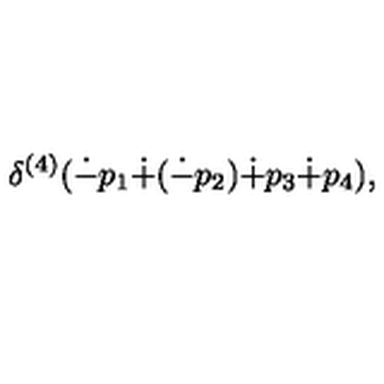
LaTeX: \delta ^ { ( 4 ) } ( \dot { - } p _ { 1 } \dot { + } ( \dot { - } p _ { 2 } ) \dot { + } p _ { 3 } \dot { + } p _ { 4 } ) ,